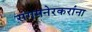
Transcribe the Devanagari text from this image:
संगमनेरकरांना